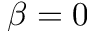
\beta = 0